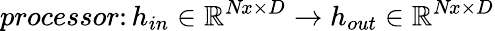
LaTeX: \textit{processor}\colon h_{in}\in\mathbb{R}^{\textit{Nx}\times D}\to h_{out}\in\mathbb{R}^{\textit{Nx}\times D}